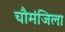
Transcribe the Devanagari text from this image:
चौमंजिला